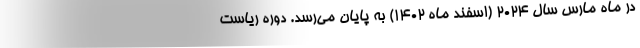
در ماه مارس سال ۲۰۲۴ (اسفند ماه ۱۴۰۲) به پایان می‌رسد. دوره ریاست